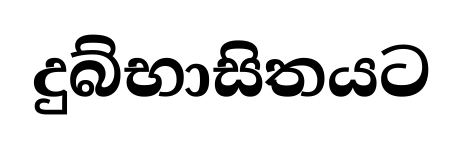
දුබ්භාසිතයට